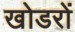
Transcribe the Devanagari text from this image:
खोडरों